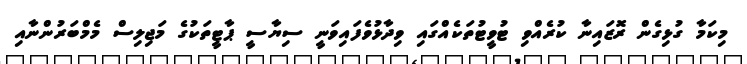
މިކަމާ ގުޅިގެން ރޮޒައިނާ ކުރެއްވި ޓުވީޓުތަކެއްގައި ވިދާޅުވެފައިވަނީ ސިޔާސީ ޕާޓީތަކުގެ މަޖިލިސް މެމްބަރުންނާއި